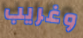
وغريب